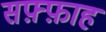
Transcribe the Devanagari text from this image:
सफ़्फ़ाह